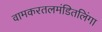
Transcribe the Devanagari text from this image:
वामकरतलमंडितलिंगा